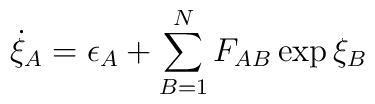
\dot{\xi}_{A} = \epsilon_{A} +  \sum_{B=1}^{N} F_{AB}\exp \xi_{B}